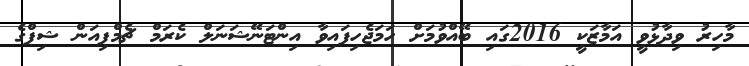
މާހިރު ވިދާޅުވީ އަމާޒަކީ 2016ގައި ބޭއްވުމަށް ހަމަޖެހިފައިވާ އިންޓަނޭޝަނަލް ކެރަމް ޗެމްޕިއަން ޝިޕްގެ